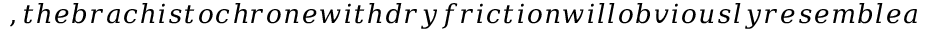
, t h e b r a c h i s t o c h r o n e w i t h d r y f r i c t i o n w i l l o b v i o u s l y r e s e m b l e a c y c l o i d , s o i t w o u l d b e r e a s o n a b l e t o c a l c u l a t e t h e t i m e o f m o v e m e n t a l o n g t h e c y c l o i d , t a k i n g i n t o a c c o u n t t h e f r i c t i o n f o r c e a n d w i t h t h e s a m e i n i t i a l c o n d i t i o n s . I n t h i s c a s e , t h e p a r a m e t r i c e q u a t i o n o f t h e c y c l o i d ( ) c a n b e r e w r i t t e n i n t e r m s o f t h e a n g l e o f i n c l i n a t i o n o f t h e t r a j e c t o r y